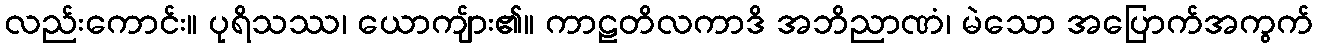
လည်းကောင်း။ ပုရိသဿ၊ ယောကျ်ား၏။ ကာဠတိလကာဒိ အဘိညာဏံ၊ မဲသော အပြောက်အကွက်